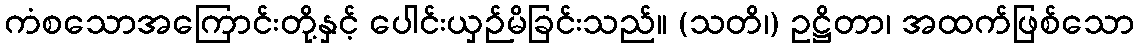
ကံစသောအကြောင်းတို့နှင့် ပေါင်းယှဉ်မိခြင်းသည်။ (သတိ၊) ဥဋ္ဌိတာ၊ အထက်ဖြစ်သော